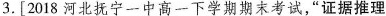
3.[2018河北抚宁一中高一下学期期末考试，”证据推理